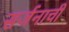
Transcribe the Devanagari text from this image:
सर्जनाची